Rangoon Lunatic Asylum 1898-1906 - 1898-1906
Year: 1898
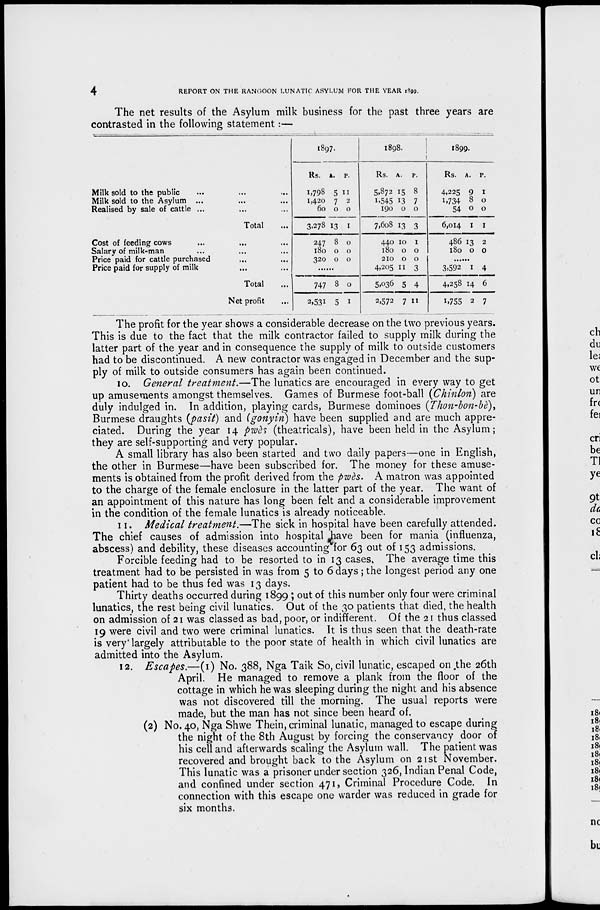
4
REPORT ON THE RANGOON LUNATIC ASYLUM FOR THE YEAR 1899.
The net results of the Asylum milk business for the past three years are
contrasted in the following statement:—
Milk sold to the public ... ... ...
Milk sold to the Asylum ... ... ...
Realised by sale of cattle ... ... ...
Total ...
Cost of feeding cows ... ... ...
Salary of milk-man ... ... ...
Price paid for cattle purchased ... ...
Price paid for supply of milk ... ...
Total ...
Net profit ...
1897.
Rs.
1,798
1,420
60
3,278
247
180
320
A.
5
7
0
13
8
0
0
P.
11
2
0
1
0
0
0
......
747
2,531
8
5
0
1
1898.
Rs.
5,872
1,545
190
7,608
440
180
210
4,205
5,036
2,572
A.
15
13
0
13
10
0
0
11
5
7
P.
8
7
0
3
1
0
0
3
4
11
1899.
Rs.
4,225
1,734
54
6,014
486
180
A.
9
8
0
1
13
0
P.
1
0
0
1
2
0
......
3,592
4,258
1,755
1
14
2
4
6
7
The profit for the year shows a considerable decrease on the two previous years.
This is due to the fact that the milk contractor failed to supply milk during the
latter part of the year and in consequence the supply of milk to outside customers
had to be discontinued. A new contractor was engaged in December and the sup-
ply of milk to outside consumers has again been continued.
10. General treatment.—The lunatics are encouraged in every way to get
up amusements amongst themselves. Games of Burmese foot-ball (Chinlon) are
duly indulged in. In addition, playing cards, Burmese dominoes (Thon-bon-bè),
Burmese draughts (pasit) and (gonyin) have been supplied and are much appre-
ciated. During the year 14 pwès (theatricals), have been held in the Asylum;
they are self-supporting and very popular.
A small library has also been started and two daily papers—one in English,
the other in Burmese—have been subscribed for. The money for these amuse-
ments is obtained from the profit derived from the pwès. A matron was appointed
to the charge of the female enclosure in the latter part of the year. The want of
an appointment of this nature has long been felt and a considerable improvement
in the condition of the female lunatics is already noticeable.
11. Medical treatment.—The sick in hospital have been carefully attended.
The chief causes of admission into hospital have been for mania (influenza,
abscess) and debility, these diseases accounting for 63 out of 153 admissions.
Forcible feeding had to be resorted to in 13 cases, The average time this
treatment had to be persisted in was from 5 to 6 days; the longest period any one
patient had to be thus fed was 13 days.
Thirty deaths occurred during 1899 ; out of this number only four were criminal
lunatics, the rest being civil lunatics. Out of the 30 patients that died, the health
on admission of 21 was classed as bad, poor, or indifferent. Of the 21 thus classed
19 were civil and two were criminal lunatics. It is thus seen that the death-rate
is very largely attributable to the poor state of health in which civil lunatics are
admitted into the Asylum.
12. Escapes.—(1) No. 388, Nga Taik So, civil lunatic, escaped on the 26th
April. He managed to remove a plank from the floor of the
cottage in which he was sleeping during the night and his absence
was not discovered till the morning. The usual reports were
made, but the man has not since been heard of.
(2) No. 40, Nga Shwe Thein, criminal lunatic, managed to escape during
the night of the 8th August by forcing the conservancy door of
his cell and afterwards scaling the Asylum wall. The patient was
recovered and brought back to the Asylum on 21st November.
This lunatic was a prisoner under section 326, Indian Penal Code,
and confined under section 471, Criminal Procedure Code. In
connection with this escape one warder was reduced in grade for
six months.